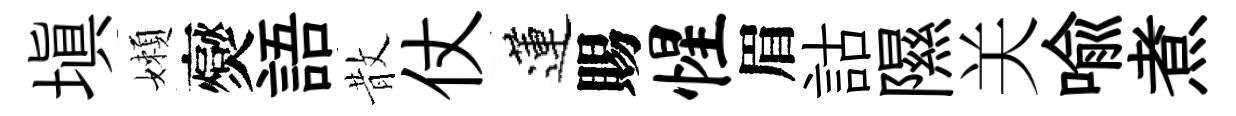
填嬾爕語散仗蓮賜惺眉詁隰关喩煮